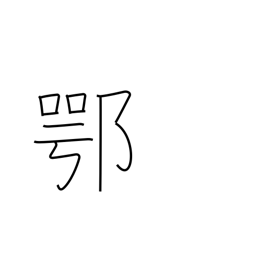
Meaning: frankly